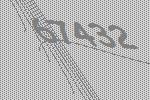
67432